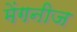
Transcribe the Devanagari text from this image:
मेंगनीज